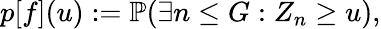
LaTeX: p[f](u):=\mathbb{P}(\exists n\leq G:Z_{n}\geq u),